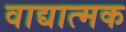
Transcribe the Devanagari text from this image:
वाद्यात्मक